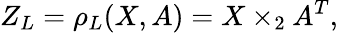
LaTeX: Z_{L}=\rho_{L}(X,A)=X\times_{2}A^{T},